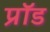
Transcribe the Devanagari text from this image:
प्रॉड